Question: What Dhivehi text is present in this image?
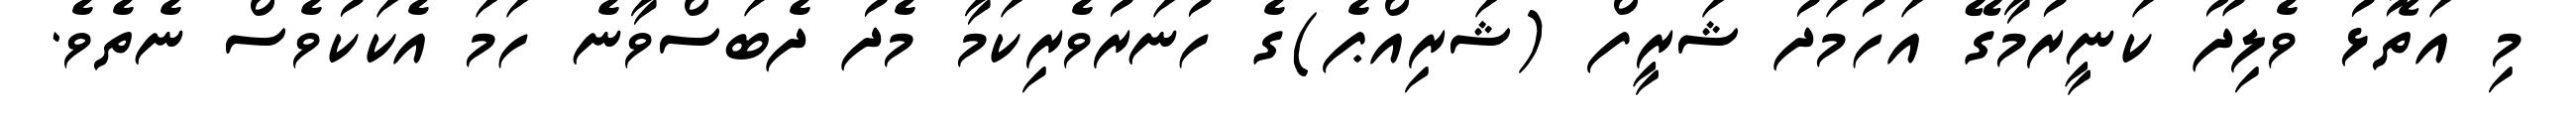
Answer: މި އަތޮޅު ވެލިދޫ ކަނީރުމާގޭ އަހުމަދު ޝަރީފް (ޝަރިއްޕެ)ގެ ހުނަރުވެރިކަމާ މެދު ދެބަސްވާނެ ހަމަ އެކަކުވެސް ނެތެވެ.